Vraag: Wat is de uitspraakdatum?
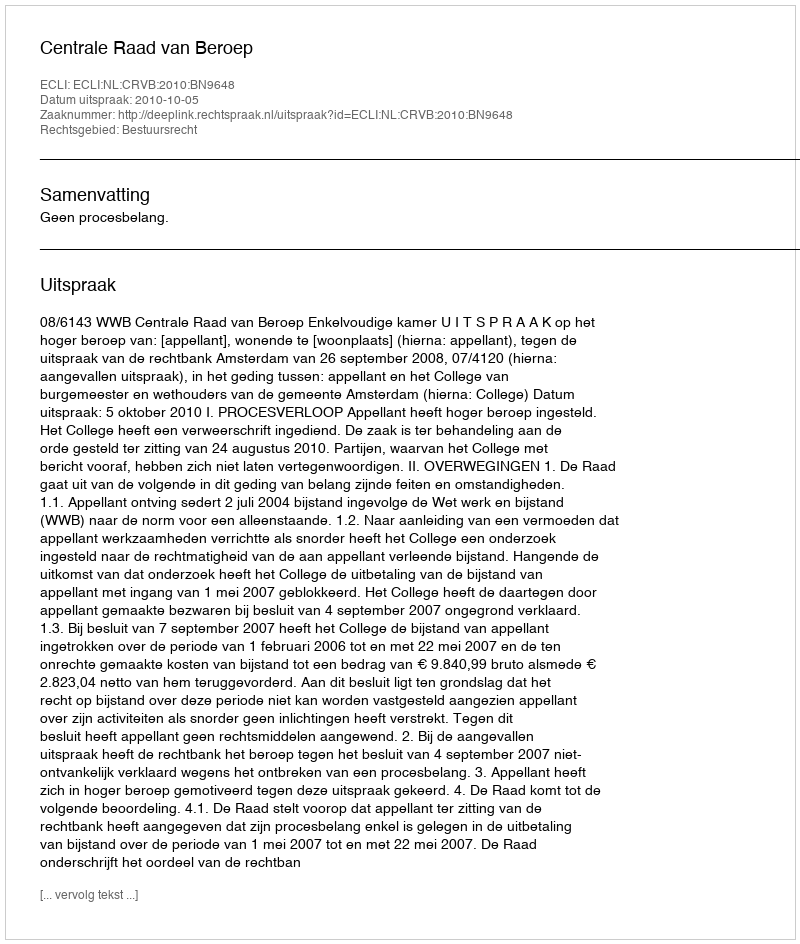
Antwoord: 2010-10-05